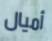
أميال